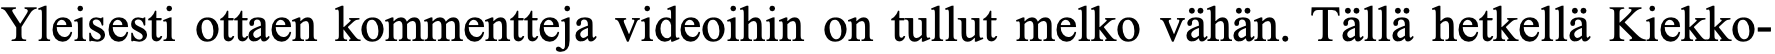
Yleisesti ottaen kommentteja videoihin on tullut melko vähän. Tällä hetkellä Kiekko-